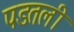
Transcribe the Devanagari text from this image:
पडतली